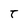
Character: T